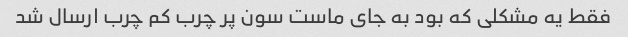
فقط یه مشکلی که بود به جای ماست سون پر چرب کم چرب ارسال شد